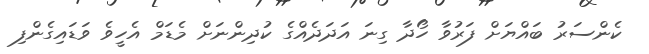
ކެންސަރު ބައްޔަށް ފަރުވާ ހޯދާ ގިނަ އަދަދެއްގެ ކުދިންނަށް މެޑަމް އެހީވެ ވަޑައިގެންފި